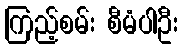
ကြည့်စမ်း စီမံပါဦး